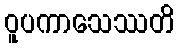
ဝူပကာသေဿတိ